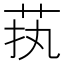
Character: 𱽜